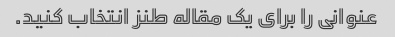
عنوانی را برای یک مقاله طنز انتخاب کنید.